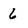
Character: 6